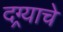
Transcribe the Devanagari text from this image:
दग्र्याचे